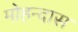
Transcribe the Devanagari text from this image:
मोहन्दास